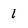
Character: 1